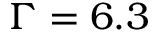
\Gamma = 6 . 3